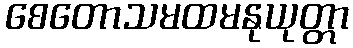
စေတောသမထမနုယုတ္တာ